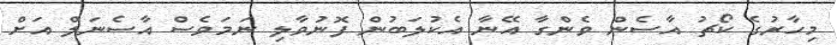
މިހާރުގެ ކޯޗު އާސެން ވެންގާ އޭނާ އެކުލަބުން ފޮނުވާލި ނަމަވެސް އާސެނަލް އަށް